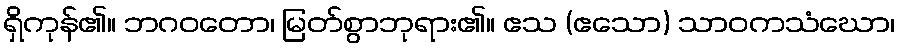
ရှိကုန်၏။ ဘဂဝတော၊ မြတ်စွာဘုရား၏။ ဧသ (ဧသော) သာဝကသံဃော၊